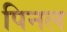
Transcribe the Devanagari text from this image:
पिनल